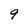
Character: 9